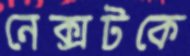
নেক্সটকে